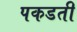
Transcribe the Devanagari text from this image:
पकडती